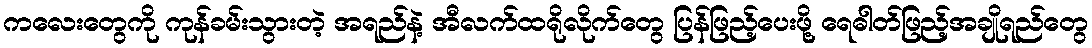
ကလေးတွေကို ကုန်ခမ်းသွားတဲ့ အရည်နဲ့ အီလက်ထရိုလိုက်တွေ ပြန်ဖြည့်ပေးဖို့ ရေဓါတ်ဖြည့်အချိုရည်တွေ